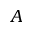
A